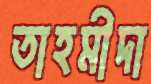
তাহমীদা